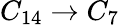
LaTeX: C_{14}\to C_{7}